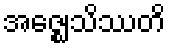
အဇ္ဈေသိဿတိ